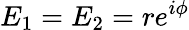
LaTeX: E_{1}=E_{2}=re^{i\phi}